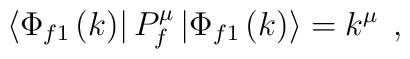
\left\langle \Phi _{f1}\left( k\right) \right| P_f^\mu \left| \Phi_{f1}\left( k\right) \right\rangle =k^\mu \;\,,